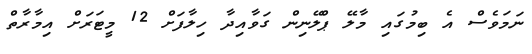
ނަމަވެސް އެ ބިމުގައި މާލޭ ޕްލޭނިން ގަވާއިދާ ހިލާފަށް 12 މީޓަރަށް އިމާރާތް